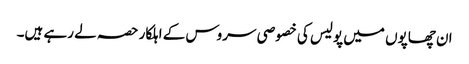
ان چھاپوں میں پولیس کی خصوصی سروس کے اہلکار حصہ لے رہے ہیں۔